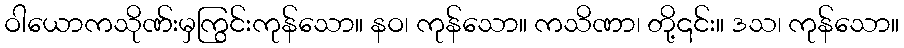
ဝါယောကသိုဏ်းမှကြွင်းကုန်သော။ နဝ၊ ကုန်သော။ ကသိဏာ၊ တို့၎င်း။ ဒသ၊ ကုန်သော။